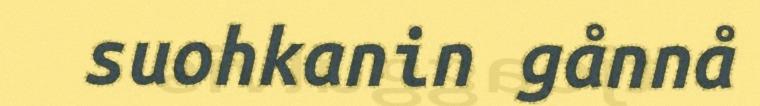
suohkanin gånnå